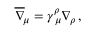
\overline { { \nabla } } _ { \! \mu } = \gamma _ { \, \mu } ^ { \rho } \nabla _ { \! \rho } \, ,